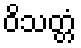
ဝိသတ္တံ